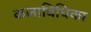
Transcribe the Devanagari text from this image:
कलाविधिका